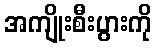
အကျိုးစီးပွားကို